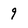
Character: 9